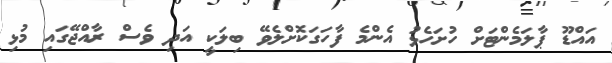
އައްޑޫ ޕާލަމެންޓަށް ހުށަހެޅު އެންމެ ފާހަގަކޮށްލެވޭ ބިލަކީ އަދި ވެސް ރާއްޖޭގައި މުޅި